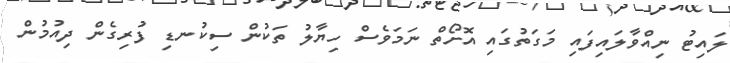
ލައިޓު ނިއްވާލައިފައި މަގަތުގައި އޮށޯތް ނަމަވެސް ހިޔާލު ތަކުން ސިކުނޑި ފުރިގެން ދިއުމުން